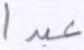
عبدا